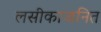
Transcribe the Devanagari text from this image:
लसीकाजनित